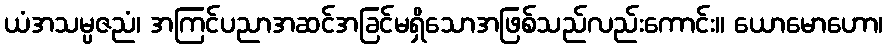
ယံအသမ္ပဇညံ၊ အကြင်ပညာအဆင်အခြင်မရှိသောအဖြစ်သည်လည်းကောင်း။ ယောမောဟော၊